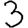
Digit: 3